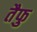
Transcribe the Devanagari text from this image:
तैफु